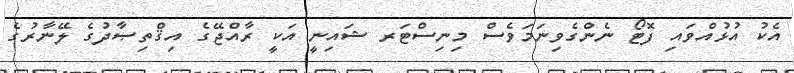
އެކު އުޅުއްވައި ފޮޓޯ ނެންގެވިނަމަވެސް މިނިސްޓަރ ޝައިނީ އަކީ ރާއްޖޭގެ އިޤްތިޞާދުގެ ލޭނާރުގެ